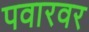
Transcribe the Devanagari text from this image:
पवारवर